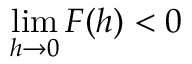
\operatorname* { l i m } _ { h \rightarrow 0 } F ( h ) < 0